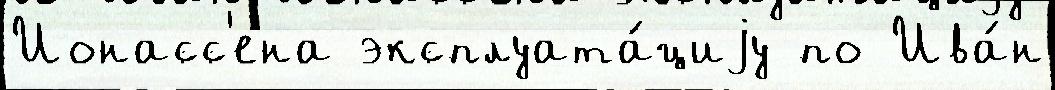
Ионасс'ена эксплуата́циjу по Ива́н